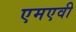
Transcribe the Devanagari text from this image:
एमएवी